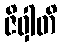
ဇိဝှါတိ